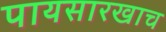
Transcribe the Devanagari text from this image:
पायसारखाच